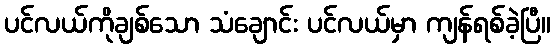
ပင်လယ်ကိုချစ်သော သံချောင်း ပင်လယ်မှာ ကျန်ရစ်ခဲ့ပြီ။